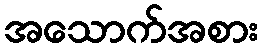
အသောက်အစား